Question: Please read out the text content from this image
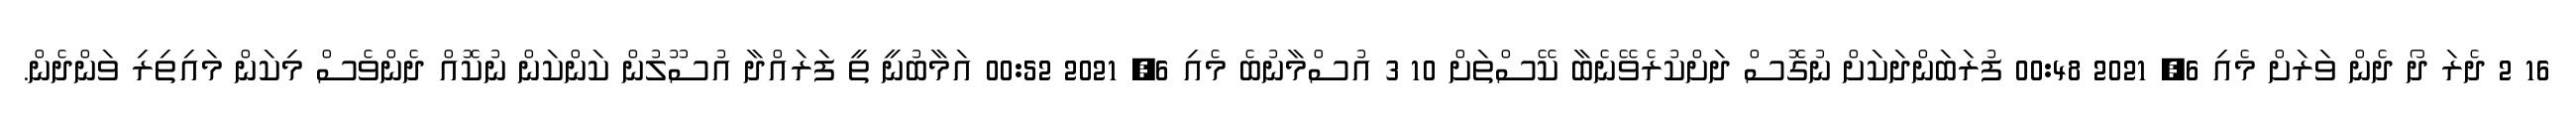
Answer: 16 2 ދެރަ ދޯ ދެން ވަރަށް މެއި 6, 2021 00:48 ފުރަބަންދަކަށް ނުގޮސް ދަށްކުރެވޭނެބާ ކޭސްތަށް 10 3 އުސްމާނުބެ މެއި 6, 2021 00:52 އަމާބުނީ ތީ ފަރައްދާ އުސޫލުން ކަންކަން ނުކޮއް ދެންވެސް މިކަން މައިތިރި ވަންދެން.